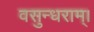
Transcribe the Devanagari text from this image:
वसुन्धराम्।